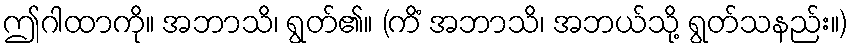
ဤဂါထာကို။ အဘာသိ၊ ရွတ်၏။ (ကိံ အဘာသိ၊ အဘယ်သို့ ရွတ်သနည်း။)